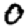
Digit: 0